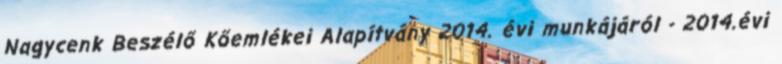
Nagycenk Beszélő Kőemlékei Alapítvány 2014. évi munkájáról - 2014.évi